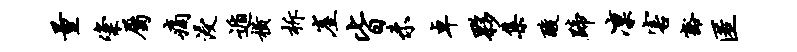
量粢属痛浸遁横柝崖皆未卓夥集酸蹄凛害豁匿